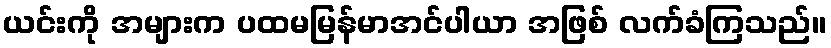
ယင်းကို အများက ပထမမြန်မာအင်ပါယာ အဖြစ် လက်ခံကြသည်။